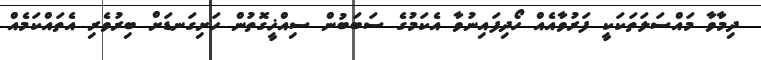
ދިމާވާ މައްސަލަތަކަކީ ފަރުވާއެއް ހޯދިފައިނުވާ އެކަމުގެ ސަބަބުން ސިއްޚީގޮތުން ހަށިގަނޑަށް ބިރުވެރި އެތައްކަމެއް